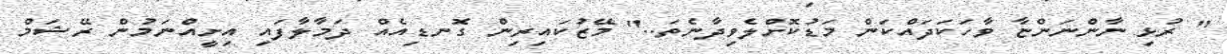
" ރުޅި ނާންނަންޏާ ވާހަކަދައްކަން މަޑުކޮށްލެވިދާނެތަ.." މޭޒުކައިރިން ގޮނޑިއެއް ދަމާލާފައި އިށީއްނަމުން ރޭޝަމް